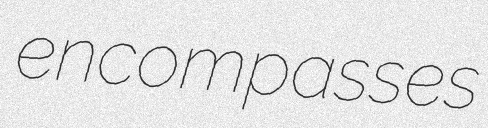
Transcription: encompasses